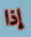
إذا